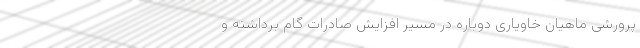
پرورشی ماهیان خاویاری دوباره در مسیر افزایش صادرات گام برداشته و